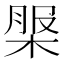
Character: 𣔚